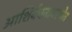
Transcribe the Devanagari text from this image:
आशिर्वचनावस्थेत